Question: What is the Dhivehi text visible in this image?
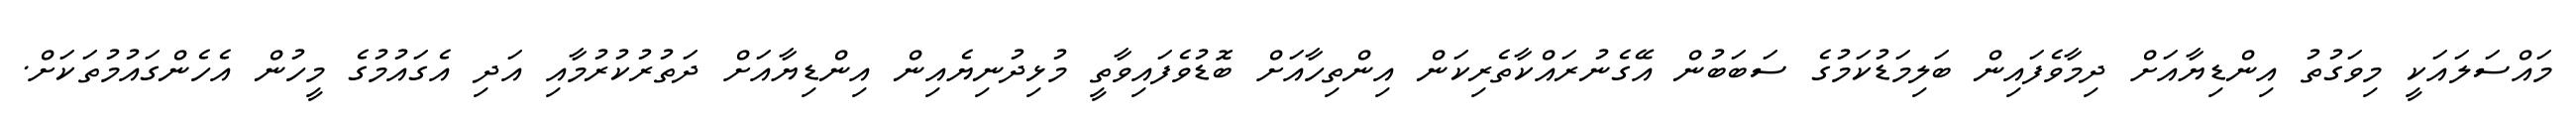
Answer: މައްސަލައަކީ މިވަގުތު އިންޑިޔާއަށް ދިމާވެފައިން ބަލިމަޑުކަމުގެ ސަބަބުން އޭގެނުރައްކާތެރިކަން އިންތިހާއަށް ބޮޑުވެފައިވާތީ މުޅިދުނިޔެއިން އިންޑިޔާއަށް ދަތުރުކުރުމާއި އަދި އެގައުމުގެ މީހުން އެހެންގައުމުތަކަށް.